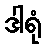
ဒါရုံ